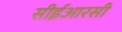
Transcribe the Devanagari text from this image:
सीईआरसी